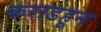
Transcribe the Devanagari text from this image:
कराडहून